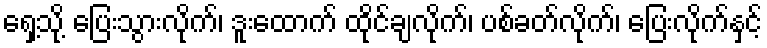
ရှေ့သို့ ပြေးသွားလိုက်၊ ဒူးထောက် ထိုင်ချလိုက်၊ ပစ်ခတ်လိုက်၊ ပြေးလိုက်နှင့်